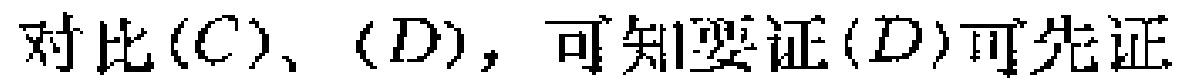
对比$(C)$、$(D)$，可知要证$(D)$可先证